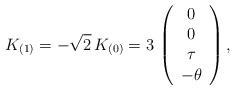
LaTeX: \begin{align*} K_{(1)} = - \sqrt{2} \,K_{(0)} = 3 \, \left(\begin{array}{c} 0 \\ 0 \\ \tau \\-\theta \end{array} \right),\end{align*}